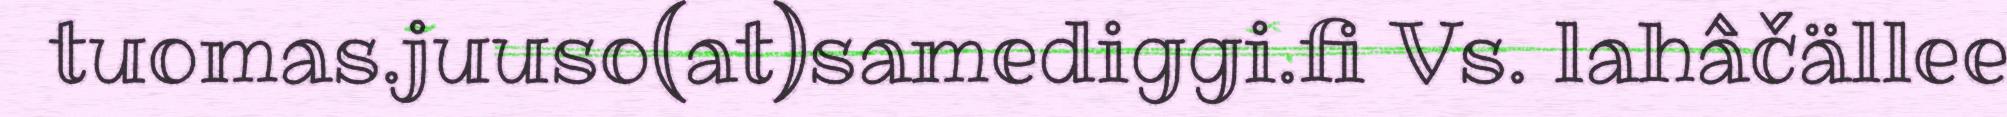
tuomas.juuso(at)samediggi.fi Vs. lahâčällee